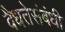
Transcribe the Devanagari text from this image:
वैधतेसंबंधी